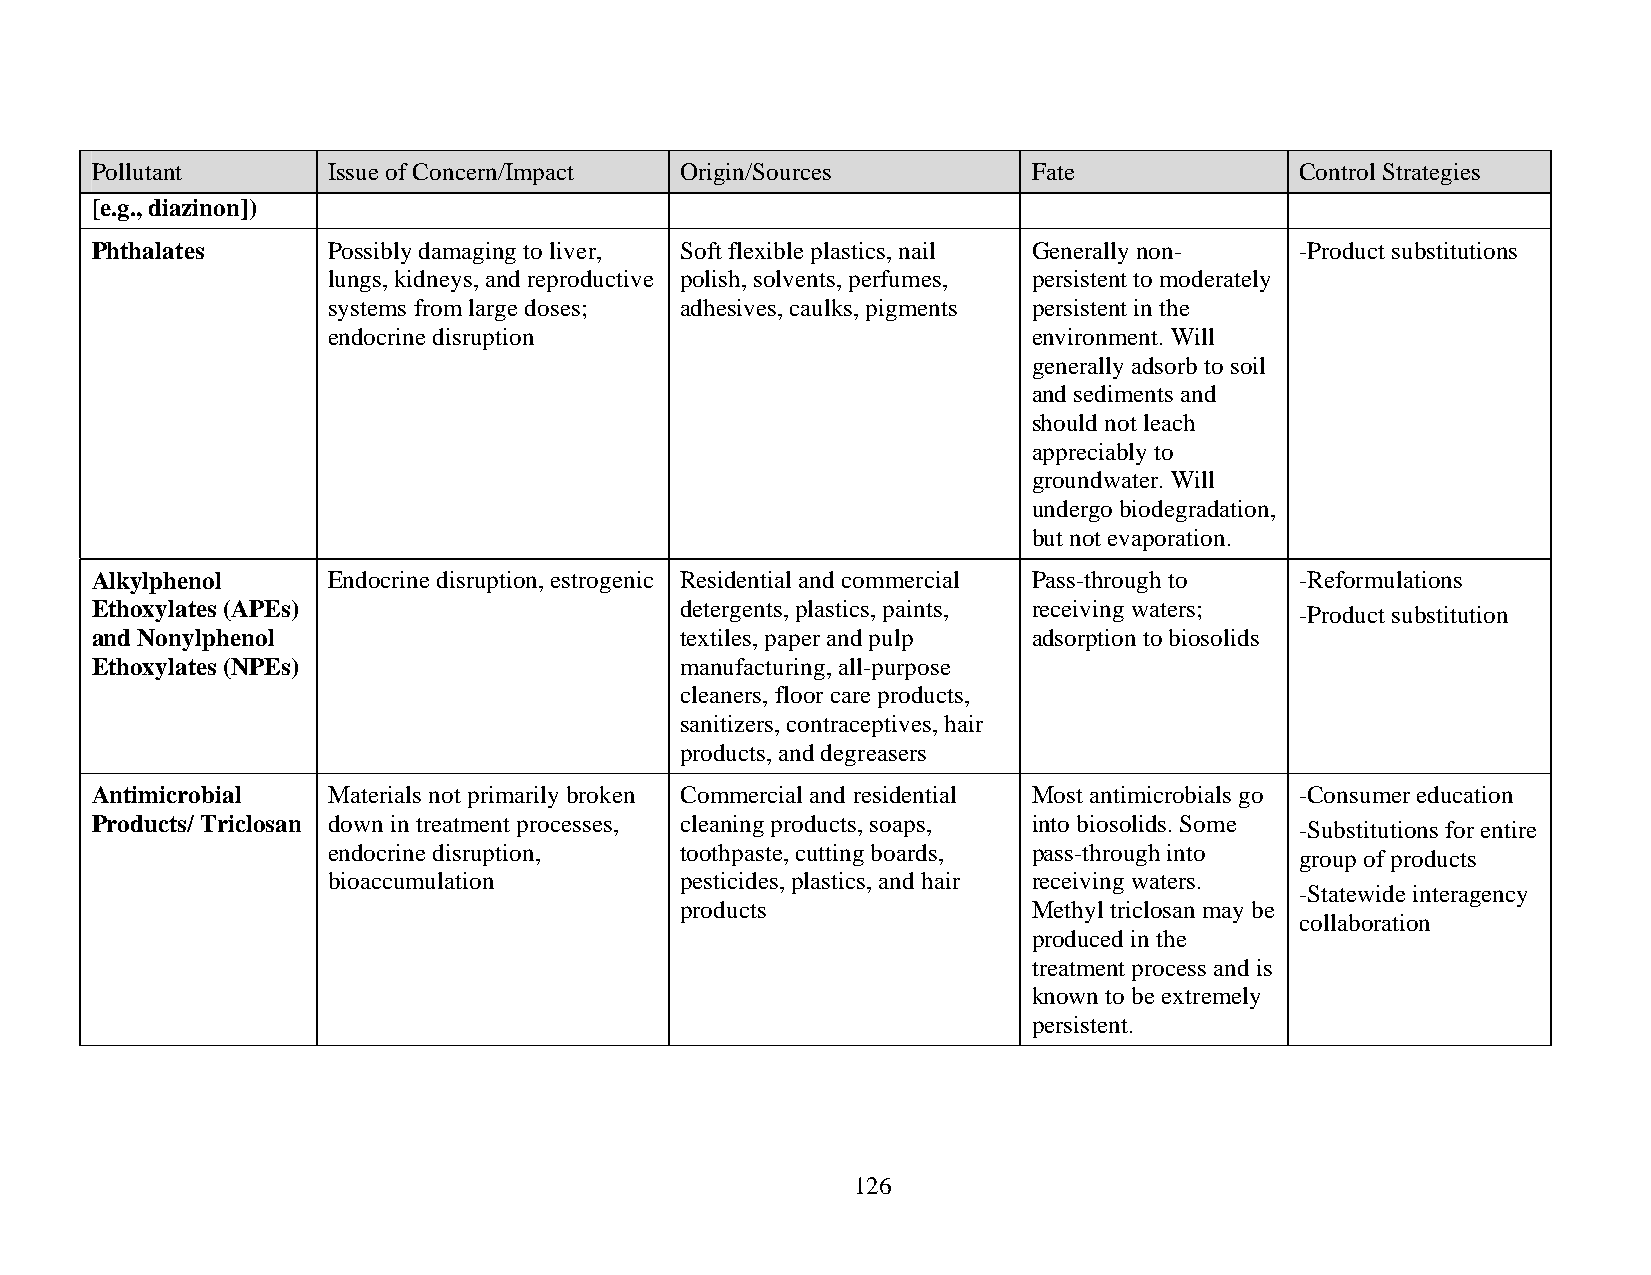
Pollutant       Issue of Concern/Impact Origin/Sources        Fate              Control Strategies
 [e.g., diazinon])
 Phthalates      Possibly damaging to liver, Soft flexible plastics, nail Generally non- -Product substitutions
 lungs, kidneys, and reproductive polish, solvents, perfumes, persistent to moderately
 systems from large doses; adhesives, caulks, pigments persistent in the
 endocrine disruption                          environment. Will
 generally adsorb to soil
 and sediments and
 should not leach
 appreciably to
 groundwater. Will
 undergo biodegradation,
 but not evaporation.
 Alkylphenol     Endocrine disruption, estrogenic Residential and commercial Pass-through to -Reformulations
 Ethoxylates (APEs)                     detergents, plastics, paints, receiving waters; -Product substitution
 and Nonylphenol                        textiles, paper and pulp adsorption to biosolids
 Ethoxylates (NPEs)                     manufacturing, all-purpose
 cleaners, floor care products,
 sanitizers, contraceptives, hair
 products, and degreasers
 Antimicrobial   Materials not primarily broken Commercial and residential Most antimicrobials go -Consumer education
 Products/ Triclosan down in treatment processes, cleaning products, soaps, into biosolids. Some -Substitutions for entire
 endocrine disruption,  toothpaste, cutting boards, pass-through into group of products
 bioaccumulation        pesticides, plastics, and hair receiving waters.
 -Statewide interagency
 products               Methyl triclosan may be
 collaboration
 produced in the
 treatment process and is
 known to be extremely
 persistent.
 126